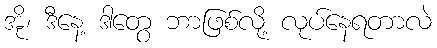
အို၊ ဒီနေ့ ဒါတွေ ဘာဖြစ်လို့ လုပ်နေရတာလဲ